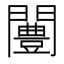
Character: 闦